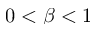
0 < \beta < 1